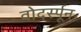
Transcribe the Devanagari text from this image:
वोदर्स्पून